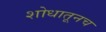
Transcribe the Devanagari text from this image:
शोधातूनच